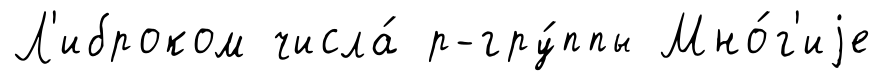
Л'иброком числа́ р-гру́ппы Мно́г'иjе